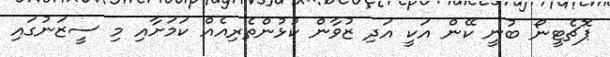
ޕޮޗެޓީނޯ ބުނީ ކޭން އަކީ އަދި ޒުވާން ކުޅުންތެރިއެއް ކަމަށާއި މި ސީޒަނުގައި